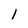
Character: 1